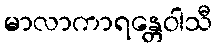
မာလာကာရန္တေဝါသီ